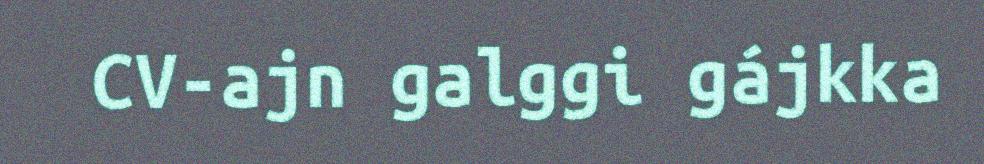
CV-ajn galggi gájkka